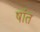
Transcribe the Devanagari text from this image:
षांत